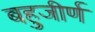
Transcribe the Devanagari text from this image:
बहुजीर्ण